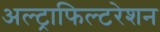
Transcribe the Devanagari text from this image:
अल्ट्राफिल्टरेशन